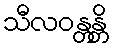
သီလဝန္တန္တိ